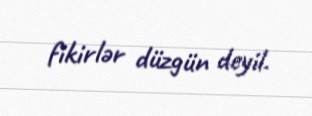
fikirlər düzgün deyil.